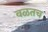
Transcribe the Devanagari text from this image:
वळतच